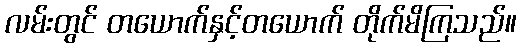
လမ်းတွင် တယောက်နှင့်တယောက် တိုက်မိကြသည်။